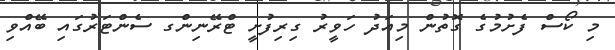
މި ކޯސް ފެށުމުގެ ގޮތުން މިއަދު ހަވީރު ގިރިފުށީ ޓްރޭނިންގ ސެންޓަރުގައި ބޭއްވި